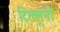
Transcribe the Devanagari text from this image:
टिल्लूंनी